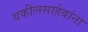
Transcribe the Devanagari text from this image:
वकीलसाहेबांना